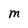
Character: M